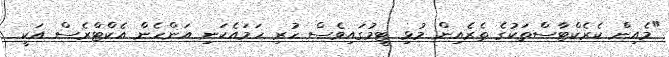
"މެއިން ކެރެކްޓާސްތަކުގެ ތެރެއިން މުޅި ޓީމުގައިވެސް ހުރި ހަމައެކަނި އަންހެން އެކްޓްރެސް އަކީ